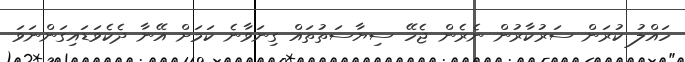
ހައްލު ކުރަން ސަރުކާރުން ނެރެން ޖެހޭ ސިޔާސަތުތައް ގިނަވާނެ ކަމަށް އޭނާ ދެކެވަޑައިގަންނަވަ